Leaving Certificate Examination (including Day School Certificate (Higher) General paper), 1936
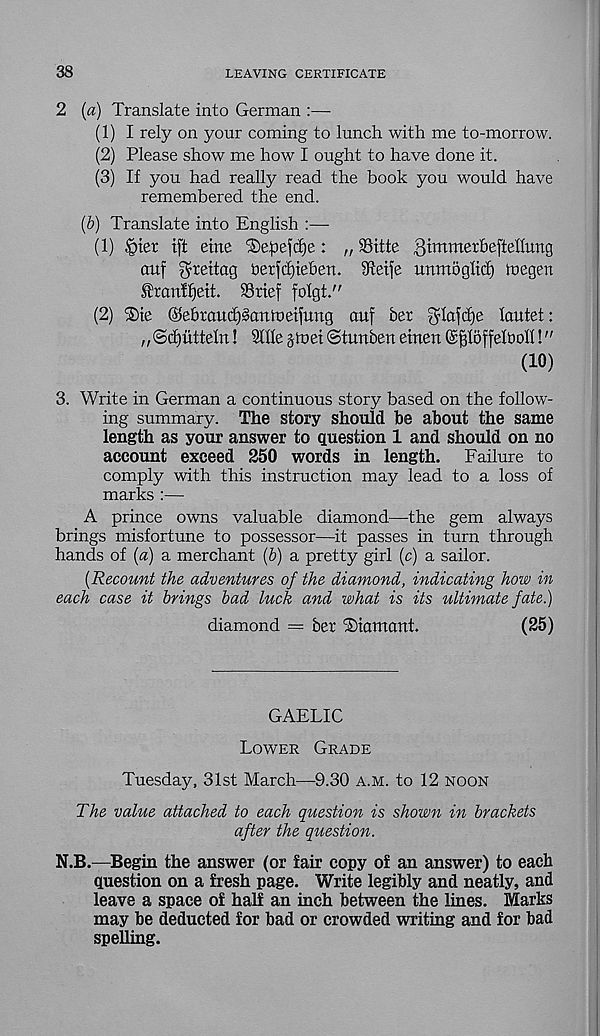
38
LEAVING CERTIFICATE
2 (a) Translate into German :—
(1) I rely on your coming to lunch with me to-morrow.
(2) Please show me how I ought to have done it.
(3) If you had really read the book you would have
remembered the end.
(b) Translate into English :—
(1) §iet tft eine i&epefcfje: „ iBitte ghronerbeftellung
cmf gheitag berjcfneben. 9Mfe unmoglid) tuegen
tranff)ett. Sriej folgt."
(2) ®ie ©ebraudjSaTdneifung auf ber glofdje lautet:
„@d)utteln! Sllle gioei ©tunben etnen S^loffeltioh!"
(10)
3. Write in German a continuous story based on the follow-
ing summary. The story should be about the same
length as your answer to question 1 and should on no
account exceed 250 words in length.
Failure to
comply with this instruction may lead to a loss of
marks :—
A prince owns valuable diamond—the gem always
brings misfortune to possessor—it passes in turn through
hands of {a) a merchant (6) a pretty girl (c) a sailor.
{Recount the adventures of the diamond, indicating how in
each case it brings bad luck and what is its ultimate fate.)
diamond = ber Diamcmt
(25)
GAELIC
Lower Grade
Tuesday, 31st March—9.30 a.m. to 12 noon
The value attached to each question is shown in brackets
after the question.
N.B.—Begin the answer (or fair copy of an answer) to each
question on a fresh page. Write legibly and neatly, and
leave a space of half an inch between the lines. Marks
may be deducted for bad or crowded writing and for bad
spelling.